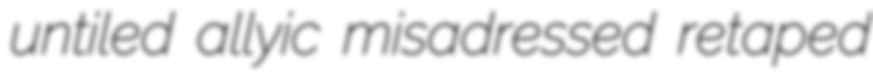
untiled allyic misadressed retaped